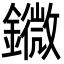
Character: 䥩